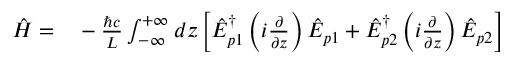
\begin{array} { r l } { { \hat { H } } = } & { { } - \frac { \hbar c } { L } \int _ { - \infty } ^ { + \infty } d z \left[ { \hat { E } } _ { p 1 } ^ { \dag } \left( i \frac { \partial } { \partial z } \right) { \hat { E } } _ { p 1 } + { \hat { E } } _ { p 2 } ^ { \dag } \left( i \frac { \partial } { \partial z } \right) { \hat { E } } _ { p 2 } \right] } \end{array}